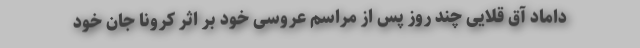
داماد آق قلایی چند روز پس از مراسم عروسی خود بر اثر کرونا جان خود